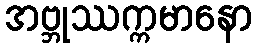
အဗ္ဘုဿက္ကမာနော